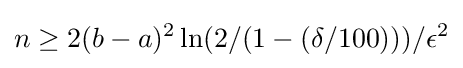
n\geq 2(b-a)^{2}\ln(2/(1-(\delta /100)))/\epsilon ^{2}